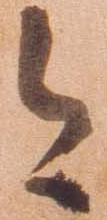
今